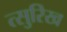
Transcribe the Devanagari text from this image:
त्सुरिख